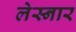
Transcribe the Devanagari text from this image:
लेस्नार